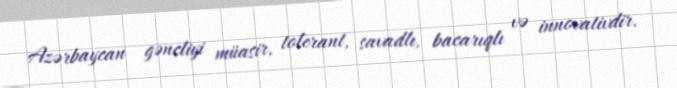
Azərbaycan gəncliyi müasir, tolerant, savadlı, bacarıqlı və innovativdir.